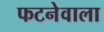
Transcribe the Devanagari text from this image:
फटनेवाला